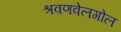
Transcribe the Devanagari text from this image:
श्रवणवेलगोल